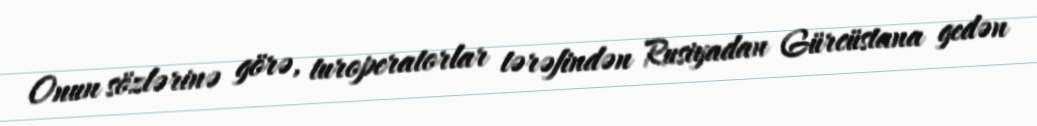
Onun sözlərinə görə, turoperatorlar tərəfindən Rusiyadan Gürcüstana gedən